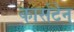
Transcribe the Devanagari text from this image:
कार्सटेन